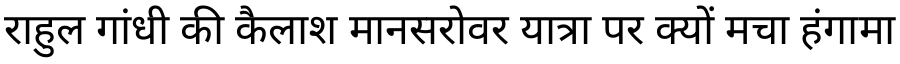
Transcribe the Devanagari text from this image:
राहुल गांधी की कैलाश मानसरोवर यात्रा पर क्यों मचा हंगामा